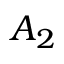
A _ { 2 }